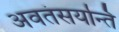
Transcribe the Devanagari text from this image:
अवतंसयन्ति